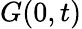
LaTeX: G(0,t)